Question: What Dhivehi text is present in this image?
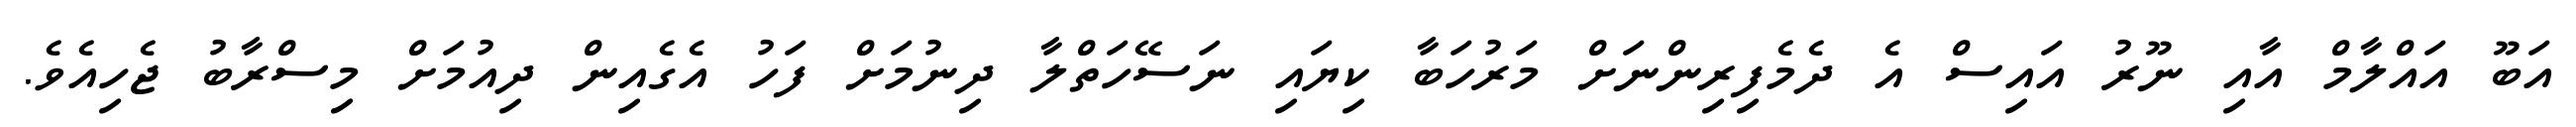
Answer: އަބޫ އައްލާމް އާއި ނޫރު އައިސް އެ ދެމެފިރިންނަށް މަރުހަބާ ކިޔައި ނަސޭހަތްލާ ދިނުމަށް ފަހު އެގެއިން ދިއުމަށް މިސްރާބު ޖެހިއެވެ.